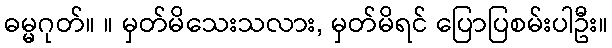
ဓမ္မဂုတ်။ ။ မှတ်မိသေးသလား, မှတ်မိရင် ပြောပြစမ်းပါဦး။